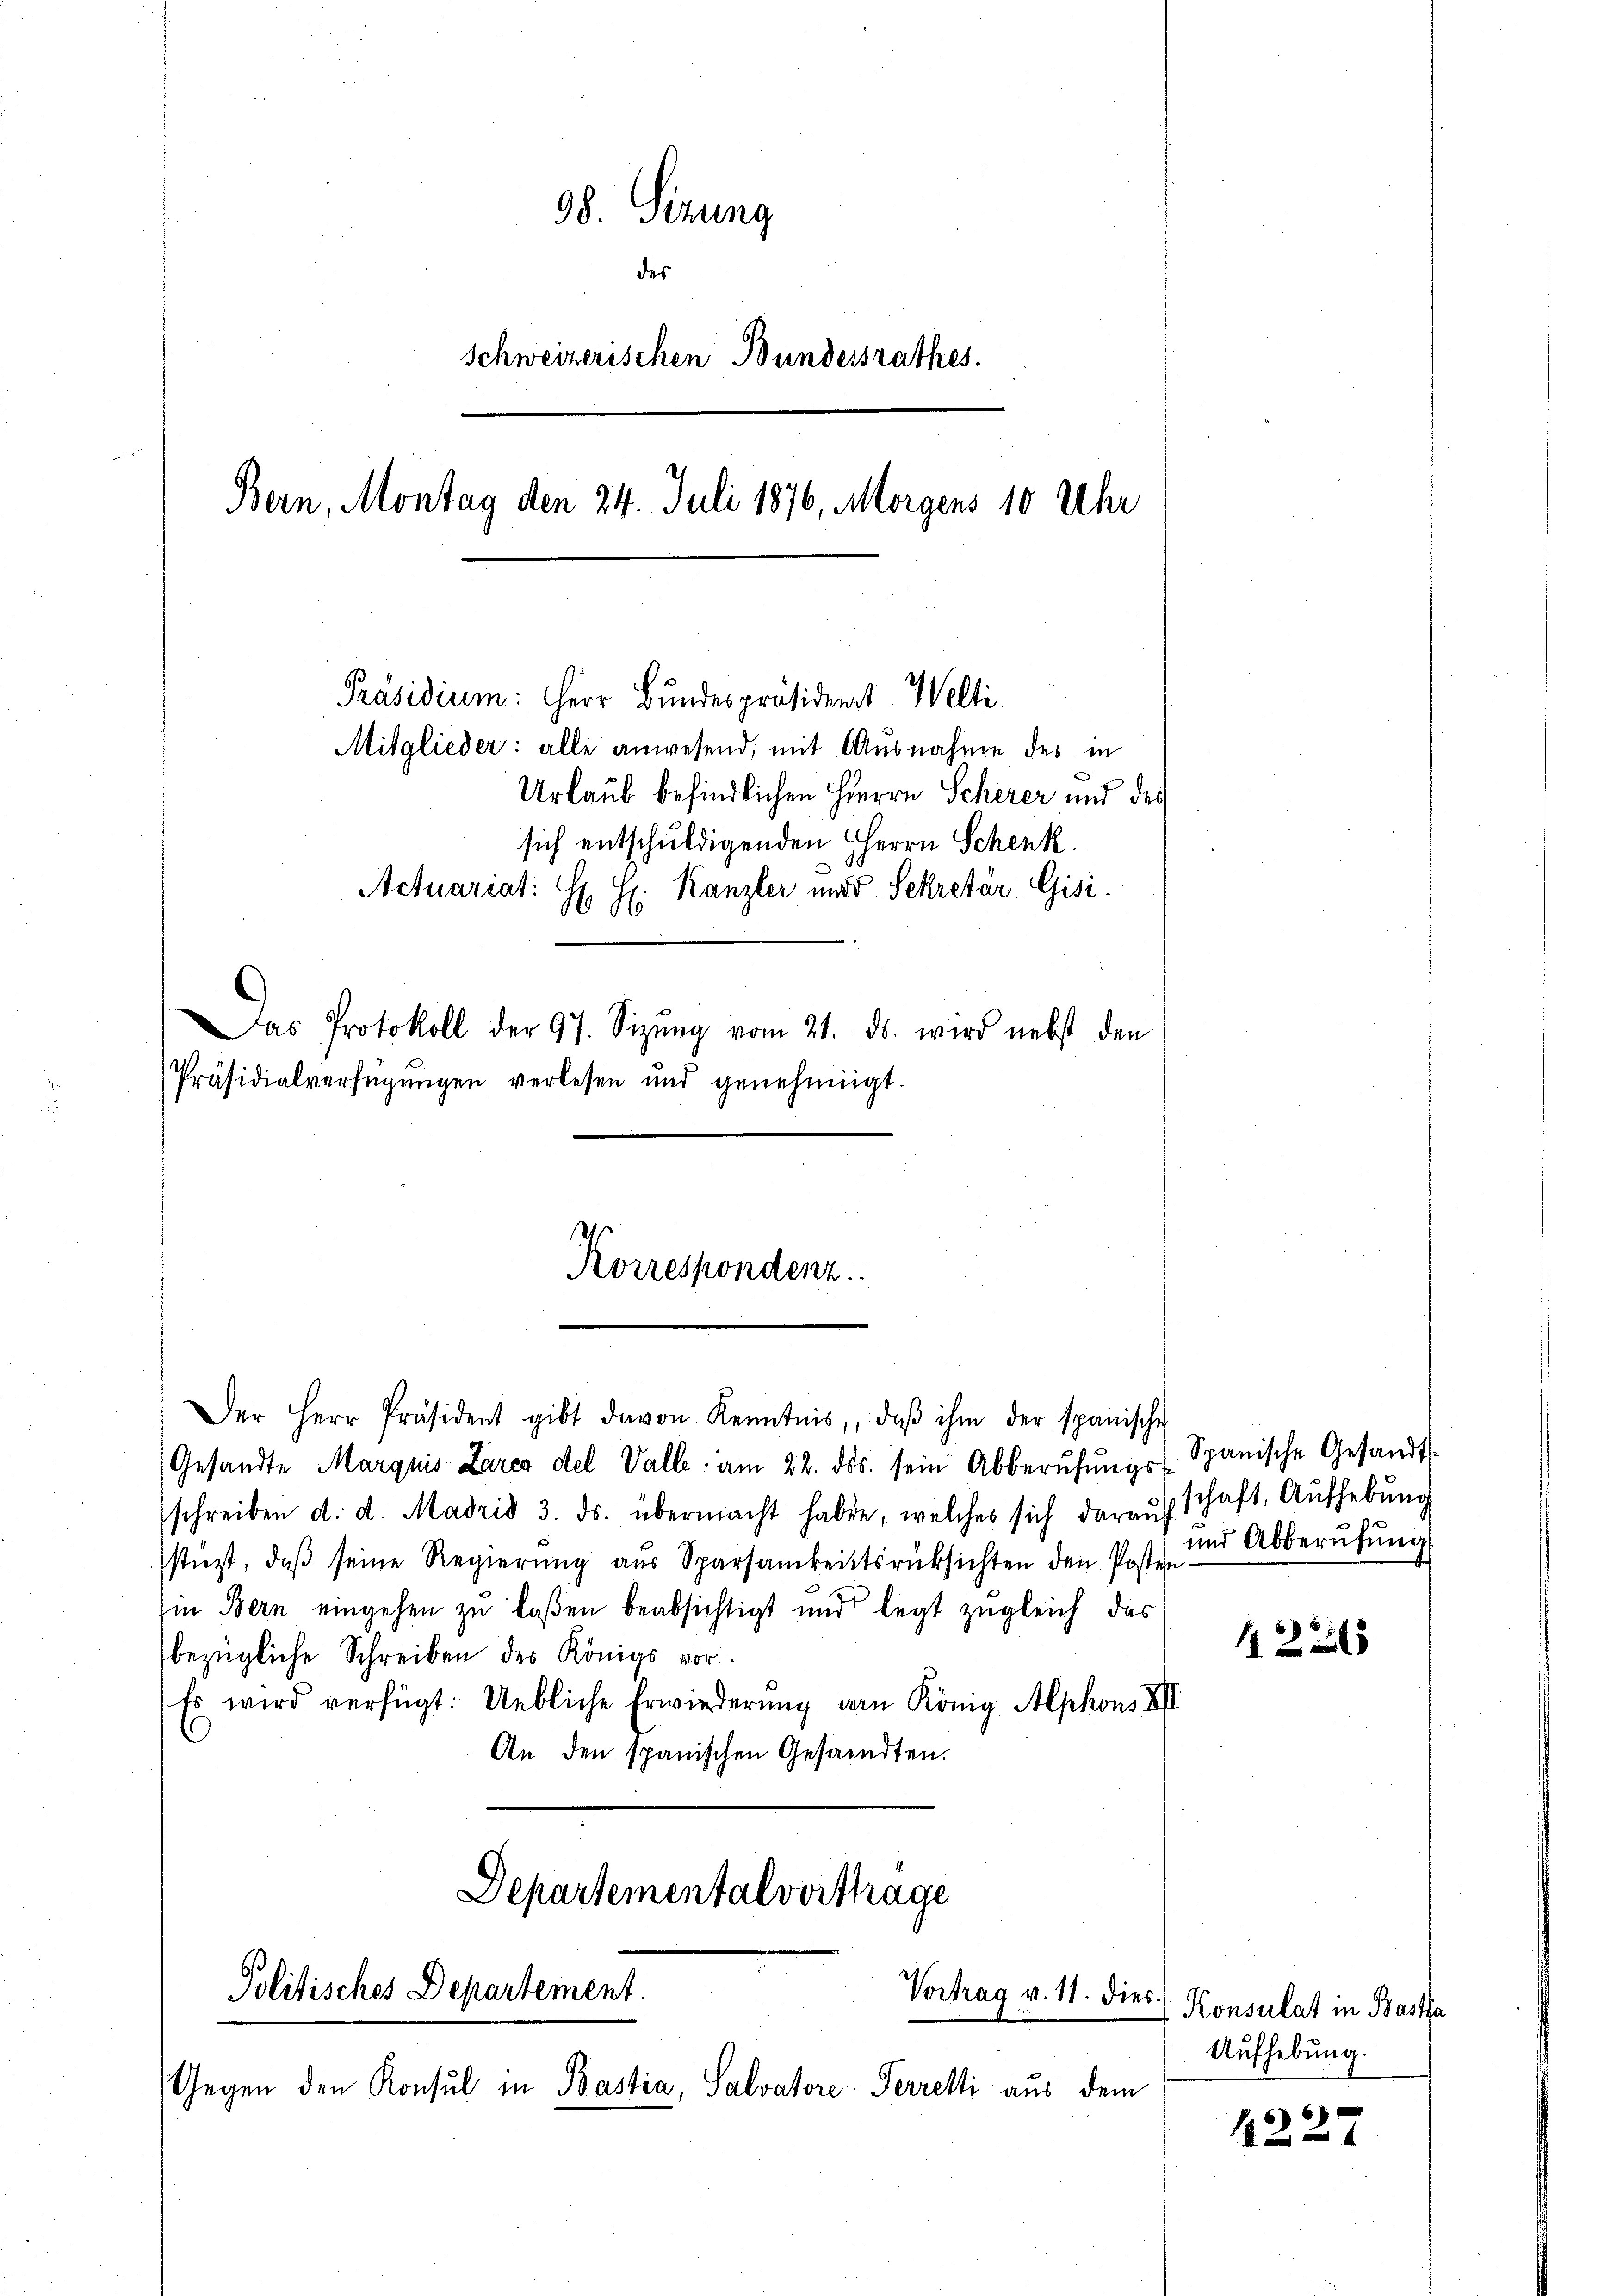
38. Sitzung
des
Schweizerischen Bundersrathes.
Bern, Montag den 24. Juli 1876, Morgens 10 Uhr

Präsidium: Herr Bundespräsident. Welti.
Mitglieder: alle anwesend, mit Ausnahme des in
Urlaub befindlichen Herrn Scherer und des
sich entschuldigenden HHerrn Schenk.
Actuariat:
H. H. Kanzler und d. Sekretär Gisi
Das Protokoll der 97. Sizŭng vom 21. ds. wird nebst den
Präsidialverfügungen verlesen und genehmigt.

Korrespondenz

Der Herr Präsident gibt davon Kenntnis, daβ ihm der spanische
Gesandte Marquis Lares del Valle am 22. ds. sein Abberŭfŭngs-Spanische Gesandt
schreiben d. d. Madrid 3. ds. übermacht haben, welches sich daraufschaft, Aŭfhebŭng
stüzt, daβ seine Regierŭng aŭs Sparsamkeitsrücksichten den Post und Abberŭfŭng
in Bern eingehen zu laßen beabsichtigt und legt zugleich das
bezügliche Schreiben des Königs vor.
Es wird verfügt: Uebliche Erwiederung der König Alphons XII
An den spanischen Gesandten.
Departementalverthage
Politisches Departement.
Vortrag v. 11. dies
(Gegen den Konsul in Bastia, Salvatore Perrelli aus dem

12

Konsulat in Basta
Aufhebung.

1
12 x